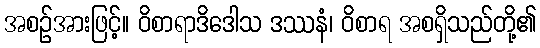
အစဉ်အားဖြင့်။ ဝိစာရာဒိဒေါသ ဒဿနံ၊ ဝိစာရ အစရှိသည်တို့၏